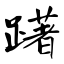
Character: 躇